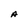
Character: A